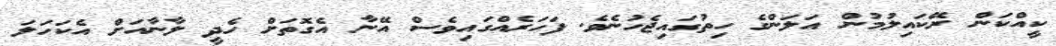
ކީއްކަން ރޭކައިލުމުން އަލަންގެ ހިތުގައިޖެހުނެވެ. ފަހަރެއްގައިވެސް އޭނާ އެގޮތަށް ހެދީ ލާނާއަށް އެކަހަލަ